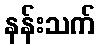
နန်းသက်